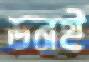
ডনই